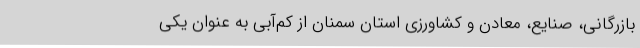
بازرگانی، صنایع، معادن و کشاورزی استان سمنان از کم‌آبی به عنوان یکی